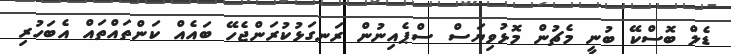
ޑެލް ބޮސްކޭ ބުނީ މެޗުން މޮޅުވިޔަސް ސްޕެއިނުން ރަނގަޅުކުރަންޖެހޭ ބައެއް ކަންތައްތައް އެބަހުރި